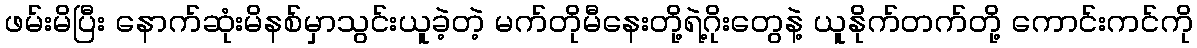
ဖမ်းမိပြီး နောက်ဆုံးမိနစ်မှာသွင်းယူခဲ့တဲ့ မက်တိုမီနေးတို့ရဲ့ဂိုးတွေနဲ့ ယူနိုက်တက်တို့ ကောင်းကင်ကို